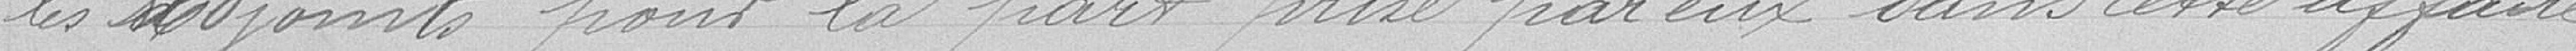
les Adjoints pour la part prise par eux dans cette affaire.